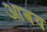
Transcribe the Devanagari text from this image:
आबय